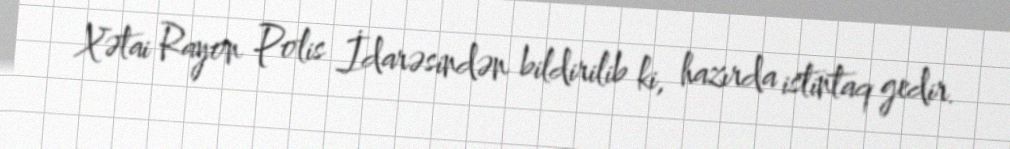
Xətai Rayon Polis İdarəsindən bildirilib ki, hazırda istintaq gedir.